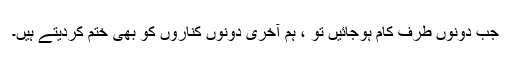
جب دونوں طرف کام ہوجائیں تو ، ہم آخری دونوں کناروں کو بھی ختم کردیتے ہیں۔